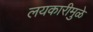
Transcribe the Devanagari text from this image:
लयकारीमुळे